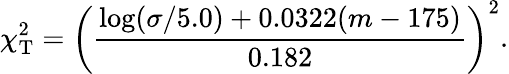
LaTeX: \chi_{\mathrm{T}}^{2}=\left({\frac{\log(\sigma/5.0)+0.0322(m-175)}{0.182}}\right)^{2}.